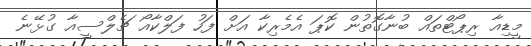
މީޑިއާ ރިޕޯޓްތައް ބުނާގޮތުން ކޮޕަ އެމެރިކާ އަށް ފަހު ފަލްކާއޯ ޗެލްސީއާ ގުޅޭނެ